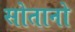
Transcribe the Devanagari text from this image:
सोतानो